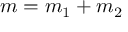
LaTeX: m = m _ { 1 } + m _ { 2 }